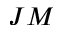
J M